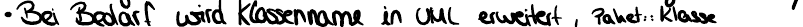
Bei Bedarf wird Klassenname in UML erweitert, Paket::Klasse